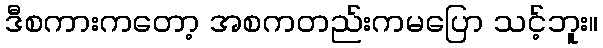
ဒီစကားကတော့ အစကတည်းကမပြော သင့်ဘူး။